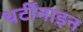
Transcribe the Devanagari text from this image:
थर्टीनाइन